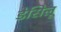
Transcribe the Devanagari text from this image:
डेसिलू